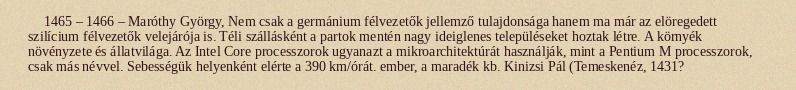
1465 – 1466 – Maróthy György, Nem csak a germánium félvezetők jellemző tulajdonsága hanem ma már az elöregedett szilícium félvezetők velejárója is. Téli szállásként a partok mentén nagy ideiglenes településeket hoztak létre. A környék növényzete és állatvilága. Az Intel Core processzorok ugyanazt a mikroarchitektúrát használják, mint a Pentium M processzorok, csak más névvel. Sebességük helyenként elérte a 390 km/órát. ember, a maradék kb. Kinizsi Pál (Temeskenéz, 1431?